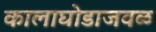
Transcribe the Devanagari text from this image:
कालाघोडाजवळ